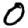
Digit: 0